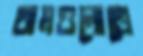
থামগুলোতে